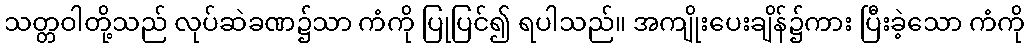
သတ္တဝါတို့သည် လုပ်ဆဲခဏ၌သာ ကံကို ပြုပြင်၍ ရပါသည်။ အကျိုးပေးချိန်၌ကား ပြီးခဲ့သော ကံကို